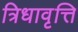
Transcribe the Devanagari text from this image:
त्रिधावृत्ति